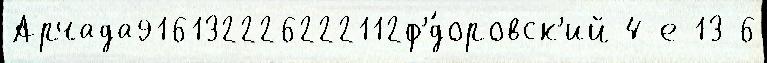
Арчада916132226222112ф'́доровск'ий 4-е 13 6